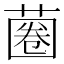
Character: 蔨